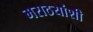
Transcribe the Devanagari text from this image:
मराठयांशी